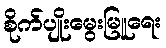
စိုက်ပျိုးမွေးမြူရေး